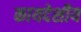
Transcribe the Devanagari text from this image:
कायदेशीय